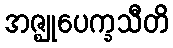
အဇ္ဈုပေက္ခသီတိ